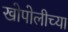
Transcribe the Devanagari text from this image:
खोपोलीच्या